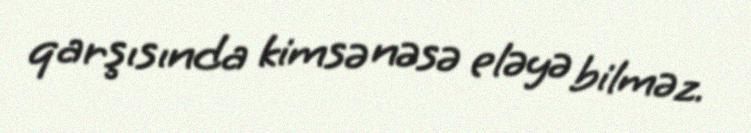
qarşısında kimsə nəsə eləyə bilməz.